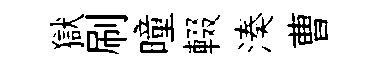
獄刷曈輟湊曹